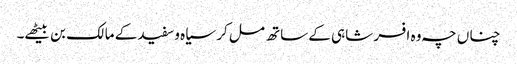
چناں چہ وہ افسر شاہی کے ساتھ مل کر سیاہ وسفید کے مالک بن بیٹھے۔